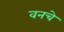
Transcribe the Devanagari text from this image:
वनचे